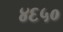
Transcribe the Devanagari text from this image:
४६५०